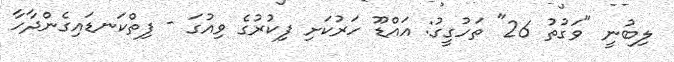
ލިބުނީ "ވަގުތު 26" ތަހުގީގު: އައްޑޫ ހަރުކަށި ފިކުރުގެ ވިއުގަ - ފިތްކަނޑައިގެންދާހާ